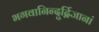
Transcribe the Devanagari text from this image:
भगवानिन्दुर्द्विजानां